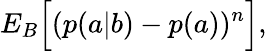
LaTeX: {E}_{B}\Big[(p(a|b)-p(a))^{n}\Big],